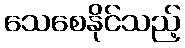
သေစေနိုင်သည့်